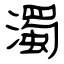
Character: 濁